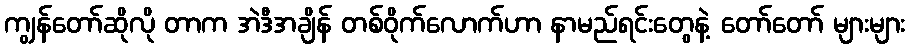
ကျွန်တော်ဆိုလို တာက အဲဒီအချိန် တစ်ဝိုက်လောက်ဟာ နာမည်ရင်းတွေနဲ့ တော်တော် များများ